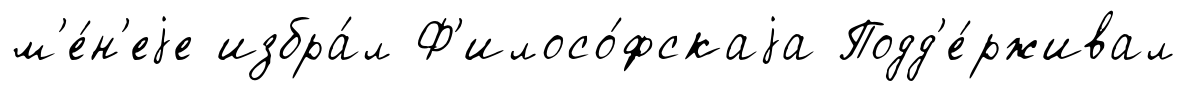
м'е́н'еjе избра́л Ф'илосо́фскаjа Подд'е́рживал